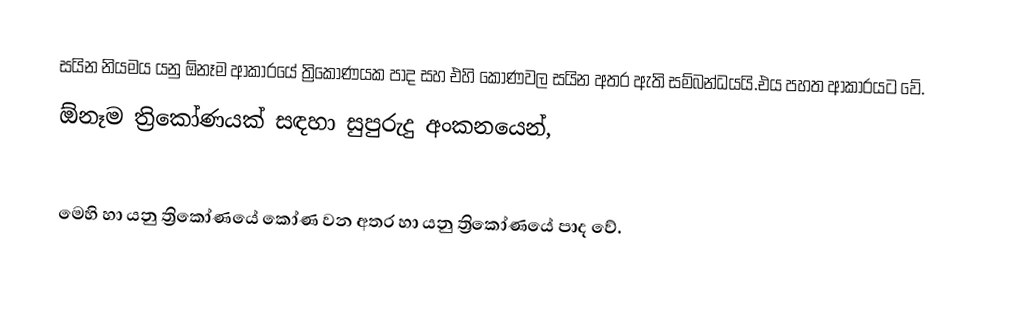
සයින නියමය යනු ඕනෑම ආකාරයේ ත්‍රිකෝණයක පාද සහ එහි කෝණවල සයින අතර ඇති සම්බන්ධයයි.එය පහත ආකාරයට වේ.
  ඕනෑම  ත්‍රිකෝණයක් සඳහා සුපුරුදු අංකනයෙන්,

මෙහි  හා  යනු ත්‍රිකෝණයේ කෝණ වන අතර  හා  යනු ත්‍රිකෝණයේ පාද වේ.